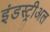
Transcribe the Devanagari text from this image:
इंडस्ट्रीअल